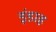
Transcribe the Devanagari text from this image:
इंडाह